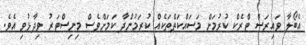
އެބޯލާ ވައިރަސް ޓްރެކް ކުރުމަށް މަސައްކަތްތަކެއް ކުރަމުންދާ ކަމަށްވެސް މިނިސްޓަރު ވިދާޅުވި އެވެ.